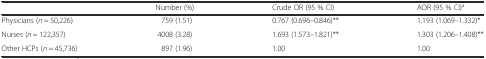
|  | Number (%) | Crude OR (95 % CI) | AOR (95 % CI)a |
 | --- | --- | --- | --- |
 | Physicians (n = 50,226) | 759 (1.51) | 0.767 (0.696–0.846)** | 1.193 (1.069–1.332)* |
 | Nurses (n = 122,357) | 4008 (3.28) | 1.693 (1.573–1.821)** | 1.303 (1.206–1.408)** |
 | Other HCPs (n = 45,736) | 897 (1.96) | 1.00 | 1.00 |